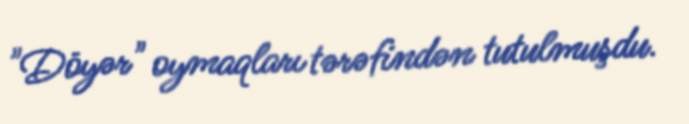
"Döyər" oymaqları tərəfindən tutulmuşdu.